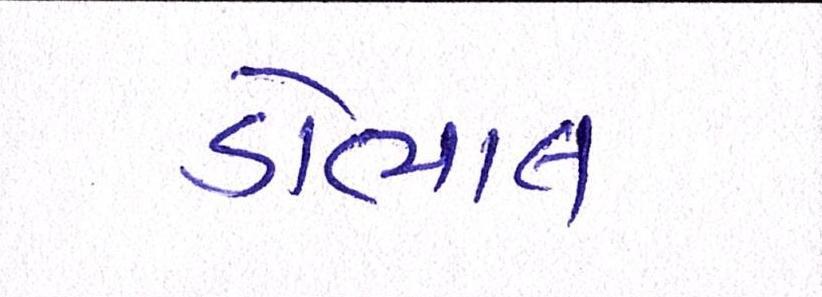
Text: ડોભાલ